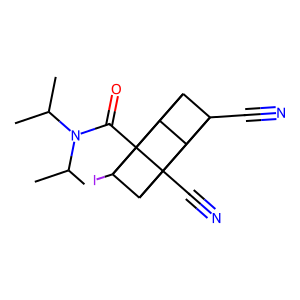
SMILES: CC(C)N(C(=O)C12C3C4C5(C#N)C3C1(C#N)C5C42I)C(C)C
Inhibits HIV replication: No